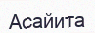
Асайита